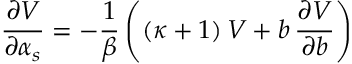
\frac { \partial { \cal V } } { \partial \alpha _ { s } } = - \frac 1 { \beta } \left( ( \kappa + 1 ) \, { \cal V } + b \, \frac { \partial { \cal V } } { \partial b } \right)